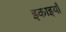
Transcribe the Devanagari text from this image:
इकाइयांँ